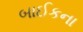
બાઈકના